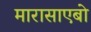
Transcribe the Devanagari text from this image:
मारासाएबो